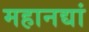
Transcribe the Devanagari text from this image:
महानद्यां